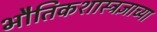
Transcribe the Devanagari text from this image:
भौतिकशास्त्रज्ञाच्या